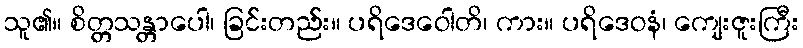
သူ၏။ စိတ္တသန္တာပေါ၊ ခြင်းတည်း။ ပရိဒေဝေါတိ၊ ကား။ ပရိဒေဝနံ၊ ကျေးဇူးကြီး